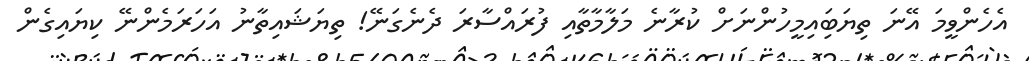
އެހެންވީމަ އޭނަ ތިޔަބަިއިމީހުންނަށް ކުރާނެ މަލާމާތާއި ފުރައްސާރަ ދެނެގަނޭ! ތިޔަޝައިތާނު އަހަރަމެންނޭ ކިޔައިގެން